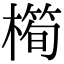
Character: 橁